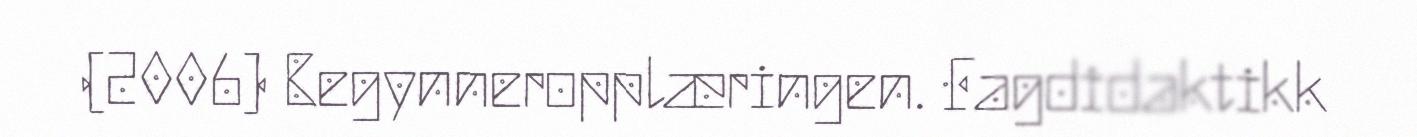
(2006) Begynneropplæringen. Fagdidaktikk